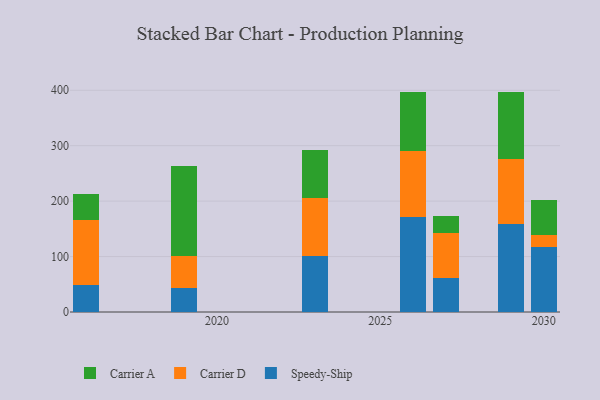
{"axis": {"x": "Year", "y": "Waste Production (Tons)"}, "legend": ["Carrier A", "Carrier D", "Speedy-Ship"], "data": [{"x": "2019", "y": 43.5, "type": "Speedy-Ship"}, {"x": "2019", "y": 57.4, "type": "Carrier D"}, {"x": "2019", "y": 163.3, "type": "Carrier A"}, {"x": "2029", "y": 159.0, "type": "Speedy-Ship"}, {"x": "2029", "y": 117.0, "type": "Carrier D"}, {"x": "2029", "y": 121.3, "type": "Carrier A"}, {"x": "2023", "y": 100.8, "type": "Speedy-Ship"}, {"x": "2023", "y": 104.4, "type": "Carrier D"}, {"x": "2023", "y": 86.4, "type": "Carrier A"}, {"x": "2027", "y": 61.1, "type": "Speedy-Ship"}, {"x": "2027", "y": 82.0, "type": "Carrier D"}, {"x": "2027", "y": 29.3, "type": "Carrier A"}, {"x": "2026", "y": 171.9, "type": "Speedy-Ship"}, {"x": "2026", "y": 118.9, "type": "Carrier D"}, {"x": "2026", "y": 106.8, "type": "Carrier A"}, {"x": "2016", "y": 49.4, "type": "Speedy-Ship"}, {"x": "2016", "y": 116.8, "type": "Carrier D"}, {"x": "2016", "y": 46.8, "type": "Carrier A"}, {"x": "2030", "y": 117.5, "type": "Speedy-Ship"}, {"x": "2030", "y": 21.0, "type": "Carrier D"}, {"x": "2030", "y": 63.2, "type": "Carrier A"}]}